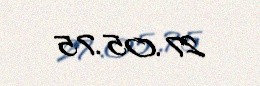
27.05.75